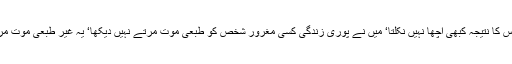
فرمایا کبھی غرور نہ کرو‘ غرور ایک ایسی بری عادت ہے جس کا نتیجہ کبھی اچھا نہیں نکلتا‘ میں نے پوری زندگی کسی مغرور شخص کو طبعی موت مرتے نہیں دیکھا‘ یہ غیر طبعی موت مرتے ہیں اورہمیشہ بے عزتی اور ذلت وراثت میں چھوڑتے ہیں۔